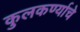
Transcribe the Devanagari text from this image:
कुलकर्ण्याचे